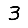
Digit: 3